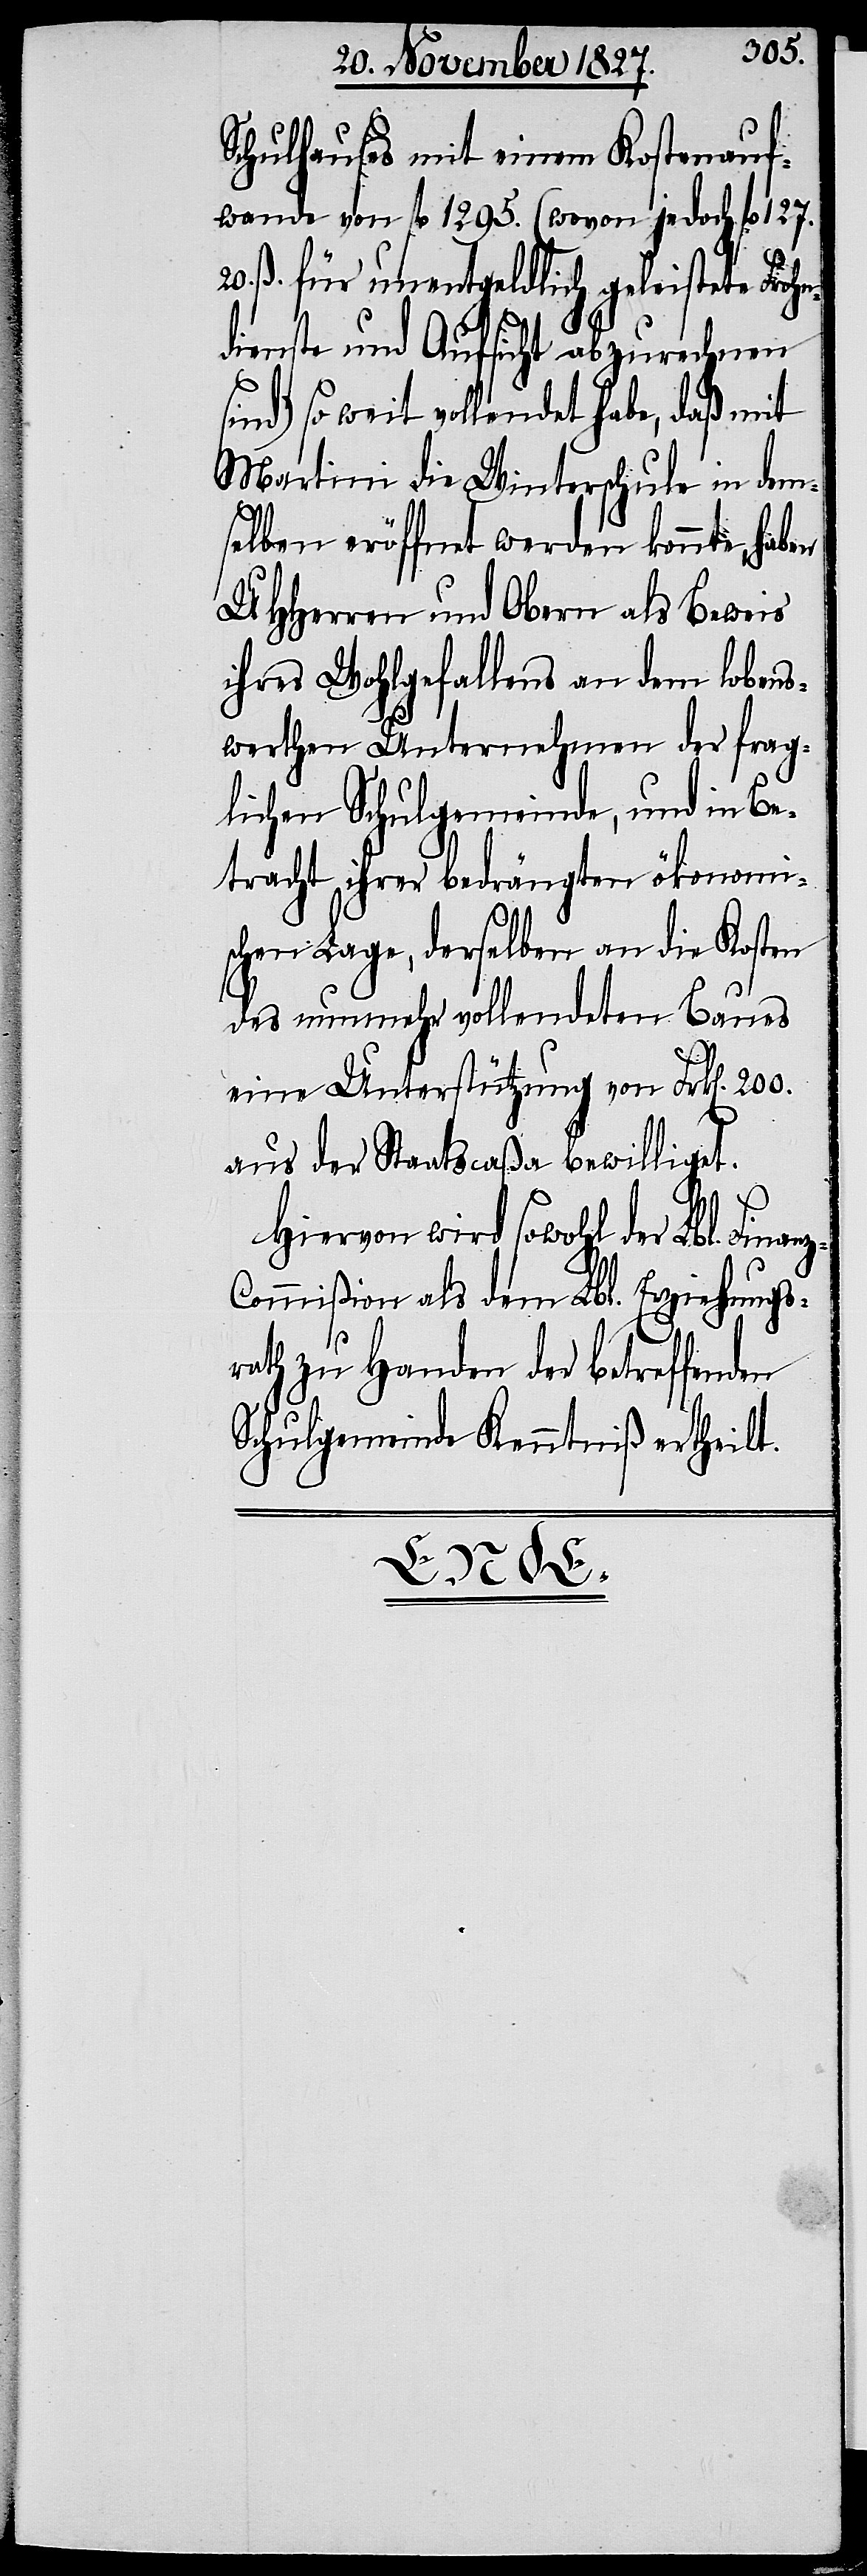
Schulhauses mit einem Kostenauf¬
wande von fl. 1295. (wovon jedoch fl. 127.
ß. für unentgeldlich geleistete Frohn¬
dienste und Aufsicht abzurechnen
sind) so weit vollendet habe, daß mit
Martini die Winterschule in dem¬
selben eröffnet werden konnte, haben
UHHerren und Obern als Beweis
ihres Wohlgefallens an dem lobens¬
werthen Unternehmen der frag¬
lichen Schulgemeinde, und in Be¬
tracht ihrer bedrängten ökonomi¬
schen Lage, derselben an die Kosten
des nunmehr vollendeten Baues
eine Unterstützung von Frk[en]. 200.
aus der Staatscaßa bewilligt.
Hiervon wird sowohl der Lbl. Fin¬
ommißion als dem Lbl. E¬
en
rath zu Handen der betreffend¬
Schulgemeinde Kenntniß ertheilt.